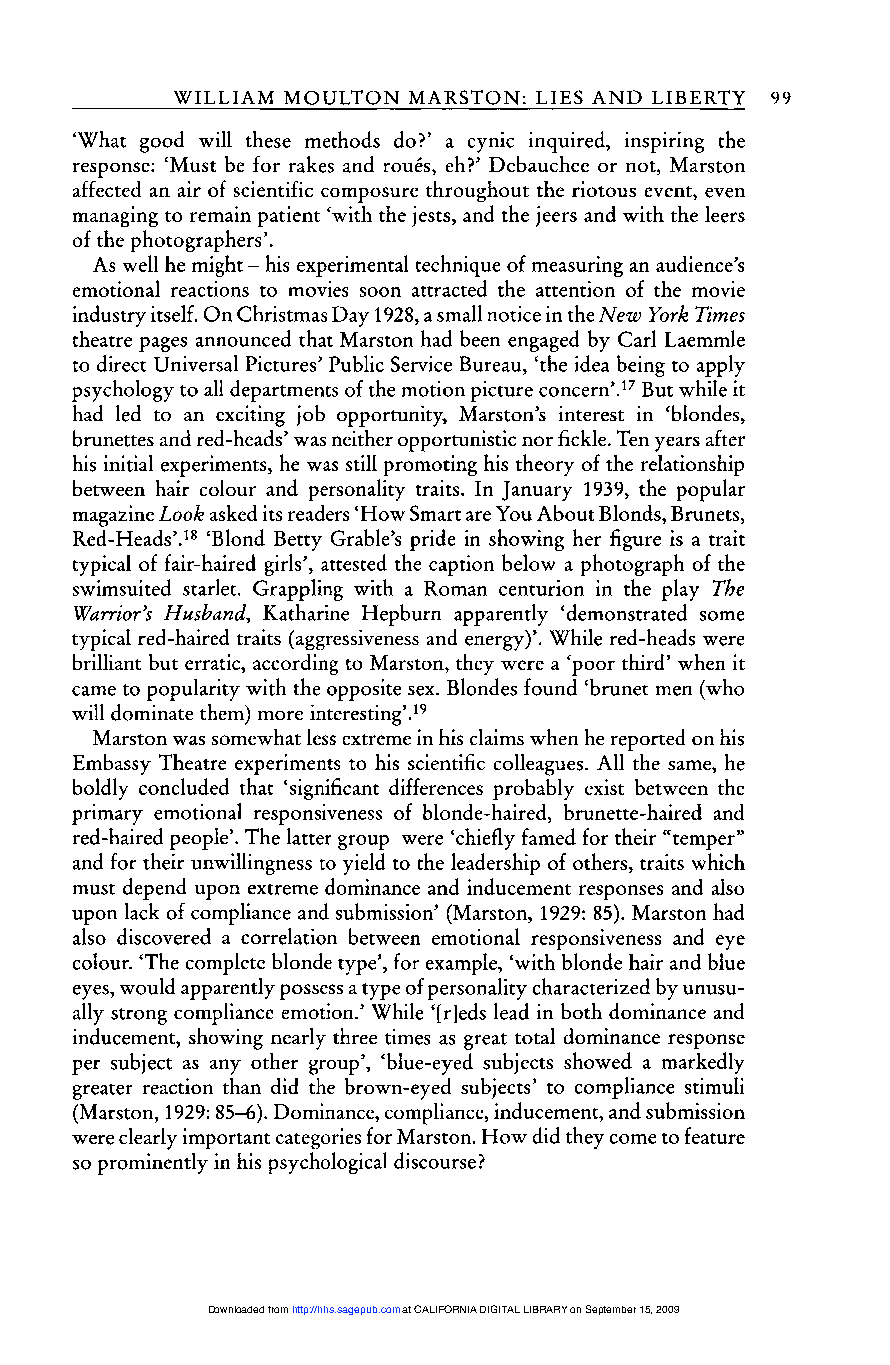
99
 ’What good will these methods do?’ a cynic inquired, inspiring the
 response: ’Must be for rakes and rou6s, eh?’ Debauchee or not, Marston
 affected an air of scientific composure throughout the riotous event, even
 managing to remain patient ’with the jests, and the jeers and with the leers
 of the photographers’.
 As well he might - his experimental technique of measuring an audience’s
 emotional reactions to movies soon attracted the attention of the movie
 industry itself. On Christmas Day 1928, a small notice in the New York Times
 theatre pages announced that Marston had been engaged by Carl Laemmle
 to direct Universal Pictures’ Public Service Bureau, ’the idea being to apply
 psychology to all departments of the motion picture concern’.1~ But while it
 had led to an exciting job opportunity, Marston’s interest in ’blondes,
 brunettes and red-heads’ was neither opportunistic nor fickle. Ten years after
 his initial experiments, he was still promoting his theory of the relationship
 between hair colour and personality traits. In January 1939, the popular
 magazine Look asked its readers ’How Smart are You About Blonds, Brunets,
 Red-Heads’.1g ’Blond Betty Grable’s pride in showing her figure is a trait
 typical of fair-haired girls’, attested the caption below a photograph of the
 swimsuited starlet. Grappling with a Roman centurion in the play The
 Warrior’s Husband, Katharine Hepburn apparently demonstrated some
 typical red-haired traits (aggressiveness and energy)’. While red-heads were
 brilliant but erratic, according to Marston, they were a ’poor third’ when it
 came to popularity with the opposite sex. Blondes found ’brunet men (who
 will dominate them) interesting’.19
 more
 Marston was somewhat less extreme in his claims when he reported on his
 Embassy Theatre experiments to his scientific colleagues. All the same, he
 boldly concluded that ’significant differences probably exist between the
 primary emotional responsiveness of blonde-haired, brunette-haired and
 red-haired people’. The latter group were ’chiefly famed for their &dquo;temper&dquo;
 and for their unwillingness to yield to the leadership of others, traits which
 must depend upon extreme dominance and inducement responses and also
 upon lack of compliance and submission’ (Marston, 1929: 85). Marston had
 also discovered a correlation between emotional responsiveness and eye
 colour. ’The complete blonde type’, for example, ’with blonde hair and blue
 eyes, would apparently possess a type of personality characterized by unusu-
 ally strong compliance emotion.’ While ’[r]eds lead in both dominance and
 inducement, showing nearly three times as great total dominance response
 per subject as any other group’, ’blue-eyed subjects showed a markedly
 greater reaction than did the brown-eyed subjects’ to compliance stimuli
 (Marston, 1929: 85-6). Dominance, compliance, inducement, and submission
 were clearly important categories for Marston. How did they come to feature
 so prominently in his psychological discourse?
 Downloaded from http://hhs.sagepub.com at CALIFORNIA DIGITAL LIBRARY on September 15, 2009